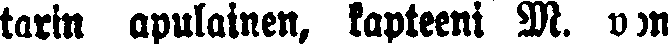
tarin apulainen, kapteeni M. von